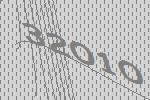
32010